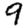
Digit: 9